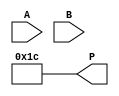
module adaptive_wallace_tree_multiplier #(parameter N = 8) (
    input [N-1:0] A,
    input [N-1:0] B,
    output reg [2*N-1:0] P
);

    // Partial product generation
    wire [N-1:0] pp [N-1:0]; // Partial products matrix

    genvar i, j;
    generate
        for (i = 0; i < N; i = i + 1) begin : pp_gen
            assign pp[i] = A & {N{B[i]}};
        end
    endgenerate

    // Wallace Tree Reduction
    wire [N-1:0] sum [N-1:0];
    wire [N-1:0] carry [N-1:0];
    
    // Initial stage: Prepare first stage of reduction
    generate
        for (i = 0; i < N; i = i + 1) begin : reduction_stage
            if (i < N-1) begin
                assign sum[i] = pp[i] ^ pp[i+1];
                assign carry[i] = pp[i] & pp[i+1];
            end else begin
                assign sum[i] = pp[i];
                assign carry[i] = 0;
            end
        end
    endgenerate

    // Wallace tree reduction stages
    integer stage;
    reg [N-1:0] temp_sum [N-1:0];
    reg [N-1:0] temp_carry [N-1:0];

    always @(*) begin
        // Initialize the temporary sums and carries
        for (stage = 0; stage < N; stage = stage + 1) begin
            temp_sum[stage] = sum[stage];
            temp_carry[stage] = carry[stage];
        end

        // Perform reduction stages
        for (stage = 0; stage < N; stage = stage + 1) begin
            if (stage < N-1) begin
                temp_sum[stage+1] = temp_sum[stage] ^ temp_carry[stage];
                temp_carry[stage+1] = temp_sum[stage] & temp_carry[stage];
            end
        end
    end

    // Final addition to get the product
    always @(*) begin
        P = 0; // Initialize product
        for (stage = 0; stage < N; stage = stage + 1) begin
            P = P + {temp_sum[stage], stage}; // Shift and add
        end
    end

endmodule